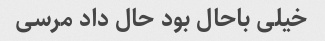
خیلی باحال بود حال داد مرسی